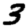
Digit: 3